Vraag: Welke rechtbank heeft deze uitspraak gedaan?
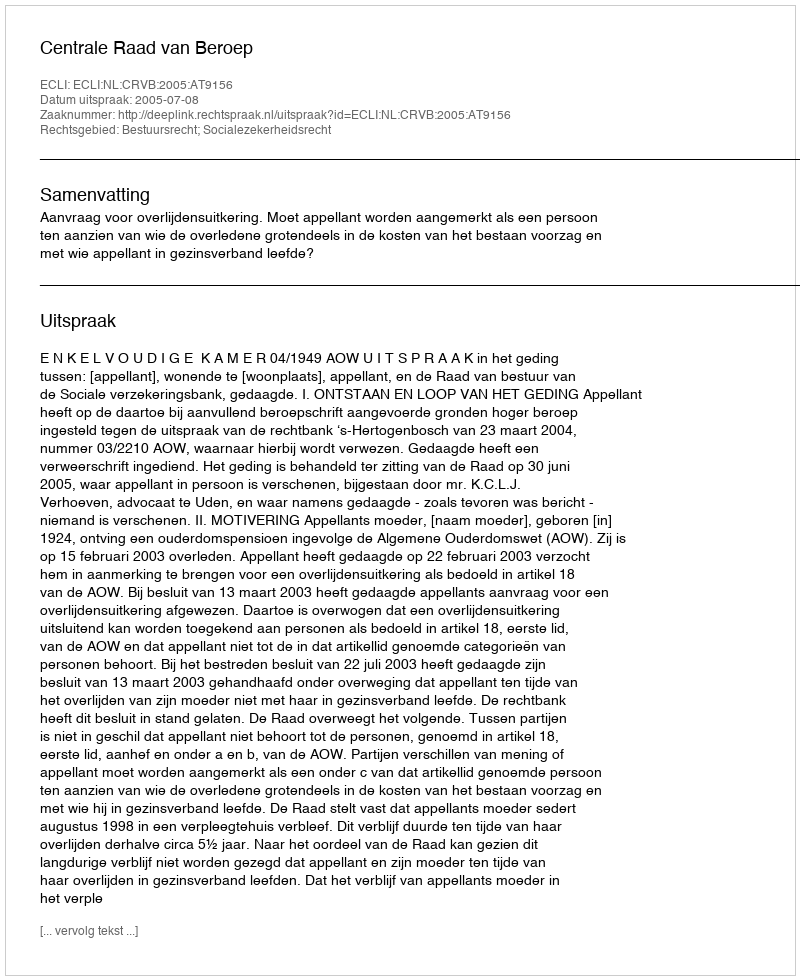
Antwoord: Centrale Raad van Beroep